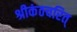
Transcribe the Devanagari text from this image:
श्रीकंठचरित्‌